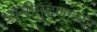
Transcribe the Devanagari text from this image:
ध्वनीमुद्रणांच्या